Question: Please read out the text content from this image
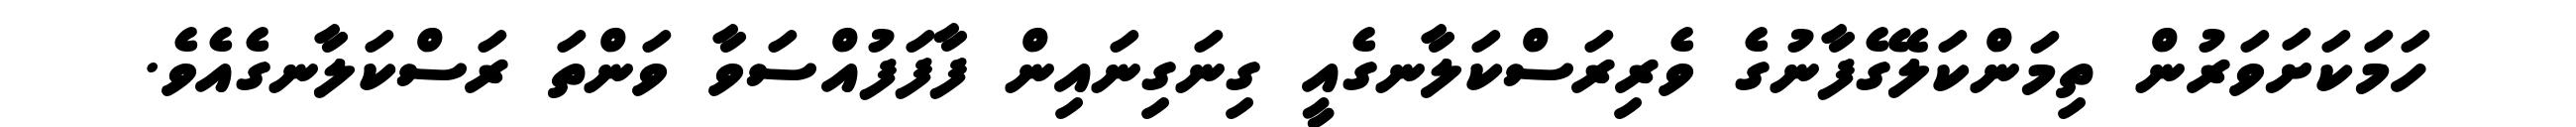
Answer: ހަމަކަށަވަރުން ތިމަންކަލޭގެފާނުގެ ވެރިރަސްކަލާނގެއީ ގިނަގިނައިން ފާފަފުއްސަވާ ވަންތަ ރަސްކަލާނގެއެވެ.